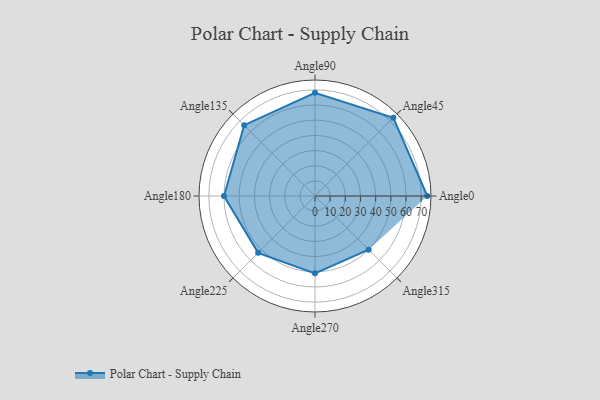
{"axis": {"x": "Angle", "y": "Radius"}, "legend": [""], "data": [{"x": "Angle0", "y": 74.0, "type": ""}, {"x": "Angle45", "y": 73.0, "type": ""}, {"x": "Angle90", "y": 68.0, "type": ""}, {"x": "Angle135", "y": 66.0, "type": ""}, {"x": "Angle180", "y": 60.0, "type": ""}, {"x": "Angle225", "y": 53.0, "type": ""}, {"x": "Angle270", "y": 51.0, "type": ""}, {"x": "Angle315", "y": 50, "type": ""}]}